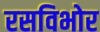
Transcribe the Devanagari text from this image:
रसविभोर